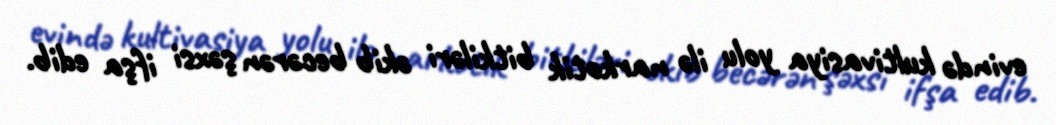
evində kultivasiya yolu ilə narkotik bitkiləri əkib becərən şəxsi ifşa edib.